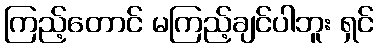
ကြည့်တောင် မကြည့်ချင်ပါဘူး ရှင်